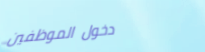
دخول الموظفين